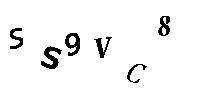
SS9VC8